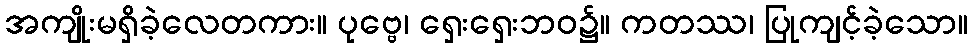
အကျိုးမရှိခဲ့လေတကား။ ပုဗ္ဗေ၊ ရှေးရှေးဘဝ၌။ ကတဿ၊ ပြုကျင့်ခဲ့သော။